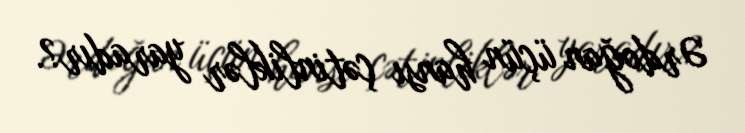
Ərdoğan üçün hansı çətinliklər yaradır?.